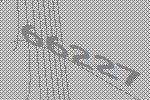
66227